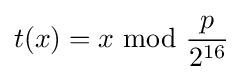
t(x)=x\ {\text{mod}}\ {\frac {p}{2^{16}}}